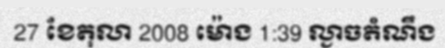
27 ខែតុលា 2008 ម៉ោង 1:39 ល្ងាចតំណឹង